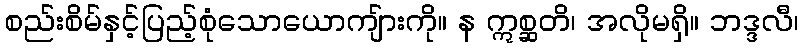
စည်းစိမ်နှင့်ပြည့်စုံသောယောကျ်ားကို။ န ဣစ္ဆတိ၊ အလိုမရှိ။ ဘဒ္ဒလီ၊